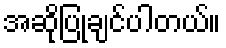
အဆိုပြုချင်ပါတယ်။